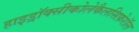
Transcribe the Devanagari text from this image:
हाइड्रॉक्सीकोलेकैलसिफ़ेरॉल